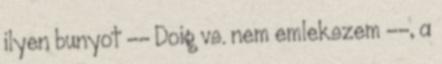
ilyen bunyot -- Doig vs. nem emlekszem --, a